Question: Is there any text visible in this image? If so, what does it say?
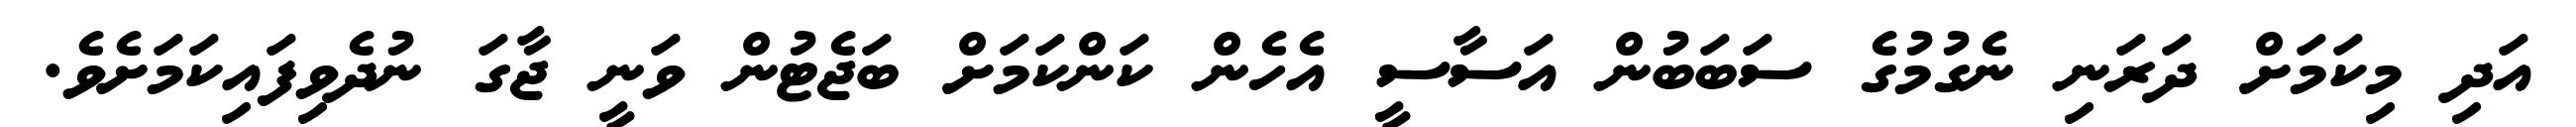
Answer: އަދި މިކަމަށް ދަރަނި ނެގުމުގެ ސަބަބުން އަސާސީ އެހެން ކަންކަމަށް ބަޖެޓުން ވަނީ ޖާގަ ނުދެވިފައިކަމަށެވެ.